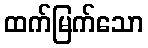
ထက်မြက်သော